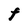
Character: F